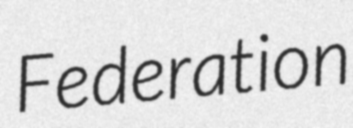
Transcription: Federation